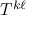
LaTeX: T ^ { k \ell }